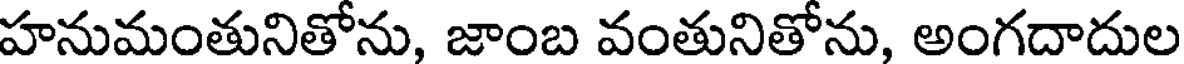
హనుమంతునితోను, జాంబ వంతునితోను, అంగదాదుల